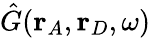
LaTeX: \hat{G}(\mathbf{r}_{A},\mathbf{r}_{D},\omega)